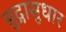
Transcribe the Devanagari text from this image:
मुद्रासुधार